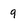
Character: 9